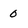
Character: 0